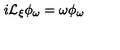
i { \cal L } _ { \xi } \phi _ { \omega } = \omega \phi _ { \omega }